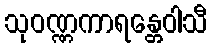
သုဝဏ္ဏကာရန္တေဝါသီ